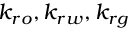
k _ { r o } , k _ { r w } , k _ { r g }